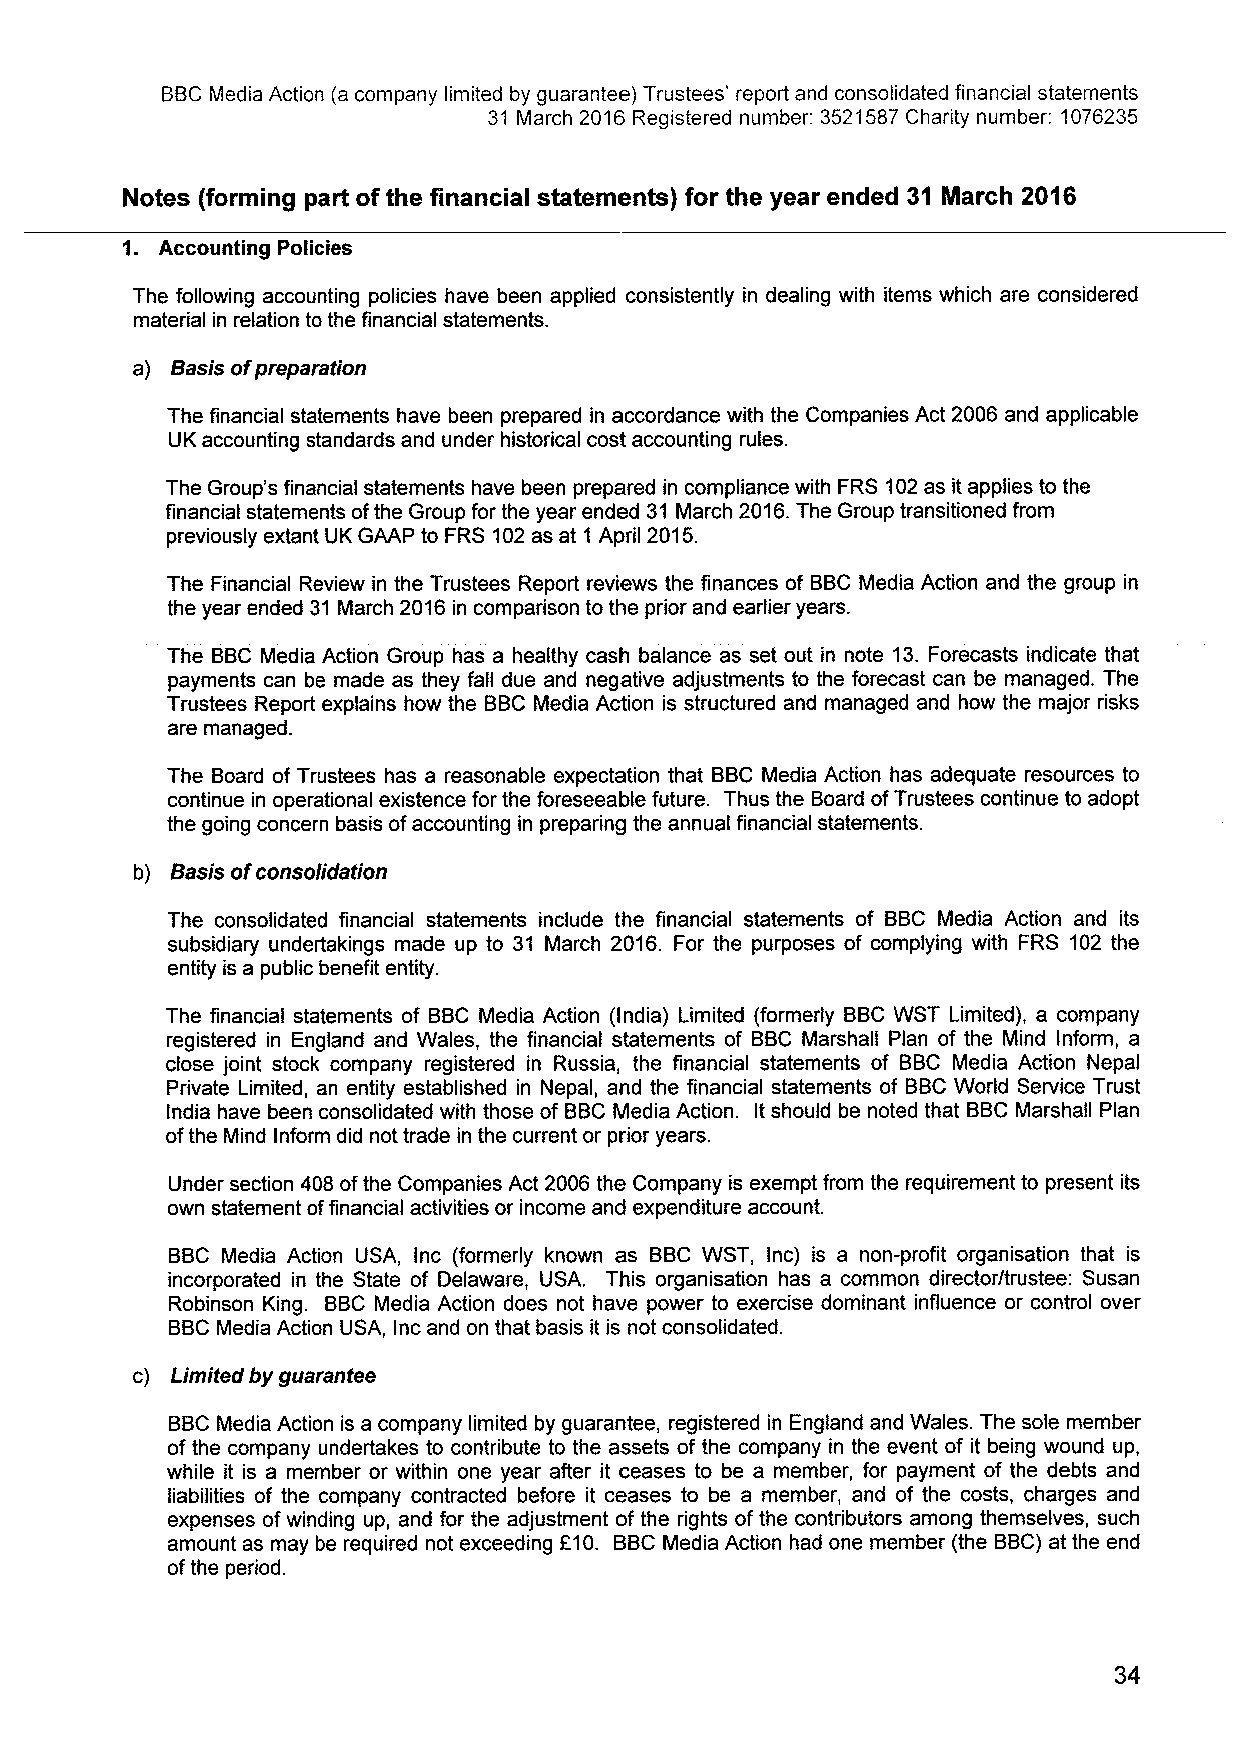
BBCMedia Action (a company limited by guarantee) Trustees' report and consolidated financial statements
 31 March 2016 Registered number: 3521587Charity number: 1076235
 Notes (forming part ofthe financial statements) for the year ended 31 March 2016
 Accounting Policies
 The following accounting policies have been applied consistently in dealing with items which are considered
 material in relation to the financial statements.
 a) Basis ofpreparation
 The financial statements have been prepared in accordance with the Companies Act 2006 and applicable
 UK accounting standards and under historical cost accounting rules.
 The Group's financial statements have been prepared in compliance with FRS 102as it applies to the
 financial statements ofthe Group for the year ended 31 March 2016.The Group transitioned from
 previously extant UK GAAP to FRS 102as at 1 April 2015.
 The Financial Review in the Trustees Report reviews the finances of BBCMedia Action and the group in
 the year ended 31 March 2016in comparison to the prior and earlier years.
 The BBC Media Action Group has a healthy cash balance as set out in note 13.Forecasts indicate that
 payments can be made as they fall due and negative adjustments to the forecast can be managed. The
 Trustees Report explains how the BBCMedia Action is structured and managed and how the major risks
 are managed.
 The Board of Trustees has a reasonable expectation that BBCMedia Action has adequate resources to
 continue in operational existence for the foreseeable future. Thus the Board ofTrustees continue to adopt
 the going concern basis ofaccounting in preparing the annual financial statements.
 b)
 Basis ofconsolidation
 The consolidated financial statements include the financial statements of BBC Media Action and its
 subsidiary undertakings made up to 31 March 2016. For the purposes of complying with FRS 102 the
 entity is a public benefit entity.
 The financial statements of BBC Media Action (India) Limited (formerly BBCWST Limited), a company
 registered in England and Wales, the financial statements of BBC Marshall Plan of the Mind Inform, a
 close joint stock company registered in Russia, the financial statements of BBC Media Action Nepal
 Private Limited, an entity established in Nepal, and the financial statements of BBCWorld Service Trust
 India have been consolidated with those of BBCMedia Action. It should be noted that BBCMarshall Plan
 ofthe Mind Inform did not trade in the current or prior years.
 Under section 408 ofthe Companies Act 2006 the Company is exempt from the requirement to present its
 own statement offinancial activities or income and expenditure account.
 BBC Media Action USA, inc (formerly known as BBC WST, Inc) is a non-profit organisation that is
 incorporated in the State of Delaware, USA. This organisation has a common director/trustee: Susan
 Robinson King. BBCMedia Action does not have power to exercise dominant influence or control over
 BBCMedia Action USA, Inc and on that basis it is not consolidated.
 c) Limited by guarantee
 BBCMedia Action is a company limited by guarantee, registered in England and Wales. The sole member
 of the company undertakes to contribute to the assets of the company in the event of it being wound up,
 while it is a member or within one year after it ceases to be a member, for payment of the debts and
 liabilities of the company contracted before it ceases to be a member, and of the costs, charges and
 expenses ofwinding up, and for the adjustment of the rights ofthe contributors among themselves, such
 amount as may be required not exceeding F10. BBCMedia Action had one member (the BBC)at the end
 ofthe period.
 34